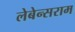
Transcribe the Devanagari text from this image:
लेबेन्सराम